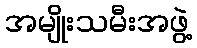
အမျိုးသမီးအဖွဲ့